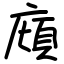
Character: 廎